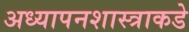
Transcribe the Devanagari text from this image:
अध्यापनशास्त्राकडे